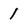
Character: 1